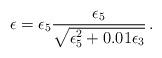
LaTeX: \begin{align*}\epsilon=\epsilon_5 \frac{\epsilon_5}{\sqrt{\epsilon_5^2+0.01\epsilon_3}} \, .\end{align*}